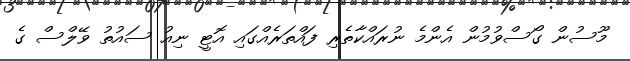
މޫސުން ގޯސްވުމުން އެންމެ ނުރައްކާތެރި ފައްތަރެއްގައި އޮޓީ ނިއު ސައުތު ވޭލްސް ގެ